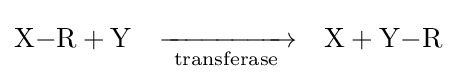
{\ce {X-R + Y}}\quad {\xrightarrow[{\text{ transferase }}]{}}\quad {\ce {X + Y-R}}